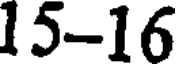
15-16